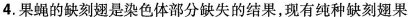
4.果蝇的缺刻翅是染色体部分缺失的结果，现有纯种缺刻翅果